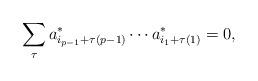
LaTeX: \begin{align*}\sum_\tau a_{i_{p-1}+\tau(p-1)}^*\cdots a_{i_1+\tau(1)}^*=0,\end{align*}